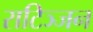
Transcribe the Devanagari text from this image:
राटिञ्जन